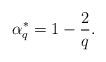
LaTeX: \begin{align*}\alpha_q^* = 1 - \frac{2}{q}.\end{align*}